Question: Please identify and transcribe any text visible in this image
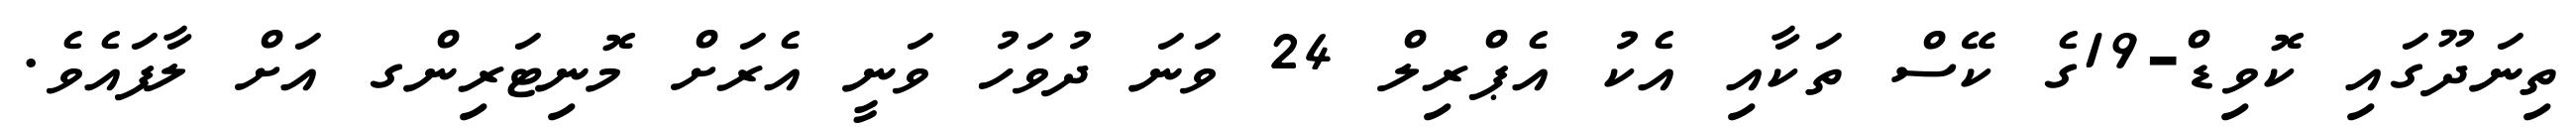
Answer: ތިނަދޫގައި ކޮވިޑް-19ގެ ކޭސް ތަކާއި އެކު އެޕްރިލް 24 ވަނަ ދުވަހު ވަނީ އެރަށް މޮނިޓަރިންގ އަށް ލާފައެވެ.